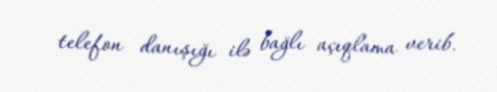
telefon danışığı ilə bağlı açıqlama verib.